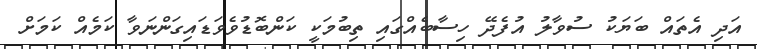
އަދި އެތައް ބަޔަކު ސުވާލު އުފެދޭ ހިސާބެއްގައި ތިބުމަކީ ކަންބޮޑުވެވަޑައިގަންނަވާ ކަމެއް ކަމަށް